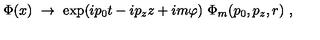
\Phi ( x ) \ \rightarrow \ \exp ( i p _ { 0 } t - i p _ { z } z + i m \varphi ) \ \Phi _ { m } ( p _ { 0 } , p _ { z } , r ) \ ,